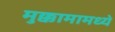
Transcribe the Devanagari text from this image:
मुक्कामामध्ये